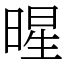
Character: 暒